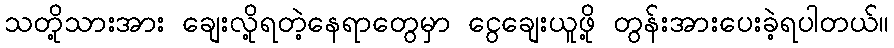
သတို့သားအား ချေးလို့ရတဲ့နေရာတွေမှာ ငွေချေးယူဖို့ တွန်းအားပေးခဲ့ရပါတယ်။